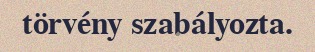
törvény szabályozta.